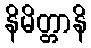
နိမိတ္တာနိ